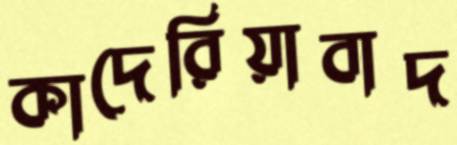
কাদেরিয়াবাদ